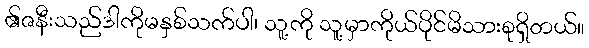
၏ဇနီးသည်ဒါကိုမနှစ်သက်ပါ၊ သူ့ကို သူ့မှာကိုယ်ပိုင်မိသားစုရှိတယ်။